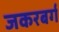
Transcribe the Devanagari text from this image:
जकरबर्ग